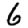
Digit: 6